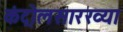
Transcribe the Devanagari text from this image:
कंट्रोलसारख्या